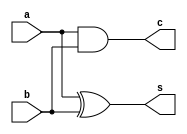
`timescale 1ns/1ps

module half_addr (a,b, c, s);

    input a, b;
    output c, s;

    wire a,b, c,s;

    assign s = a ^ b;
    assign c = a & b;

endmodule


module full_addr(x,y,z, c,s);

    input x,y,z;
    output c,s;

    wire x,y,z,c,s;
    wire i1,i2,i3;

    half_addr ha1(x,y, i1, i2);
    half_addr ha2(i1,z, i3, s);

    assign c = i2 || i3;

endmodule